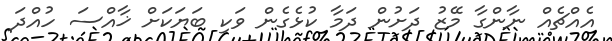
އެއްޗެއް ނާންގާ މޭޒު ދަށުން ދަމާ ކުޅެގެން ވަކި ބަޔަކަށް ޚާއްސަ ހުއްދަ